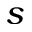
s